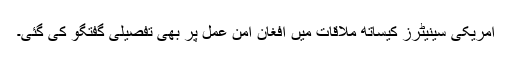
امریکی سینیٹرز کیساتھ ملاقات میں افغان امن عمل پر بھی تفصیلی گفتگو کی گئی۔